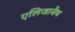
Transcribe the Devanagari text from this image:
एलिजाबैथ